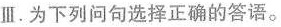
Ⅲ.为下列问句选择正确的答语。